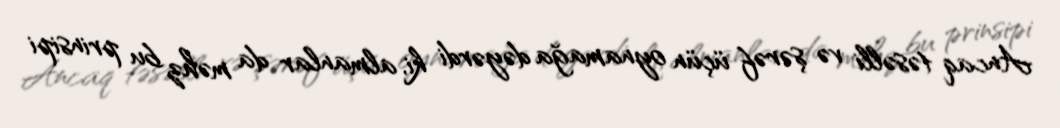
Ancaq təsəlli və şərəf üçün oynamağa dəyərdi ki, almanlar da məhz bu prinsipi